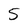
Character: 5